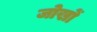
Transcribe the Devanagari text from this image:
जोखों